Annual administration and progress report of the Indian Medical Department, Bombay
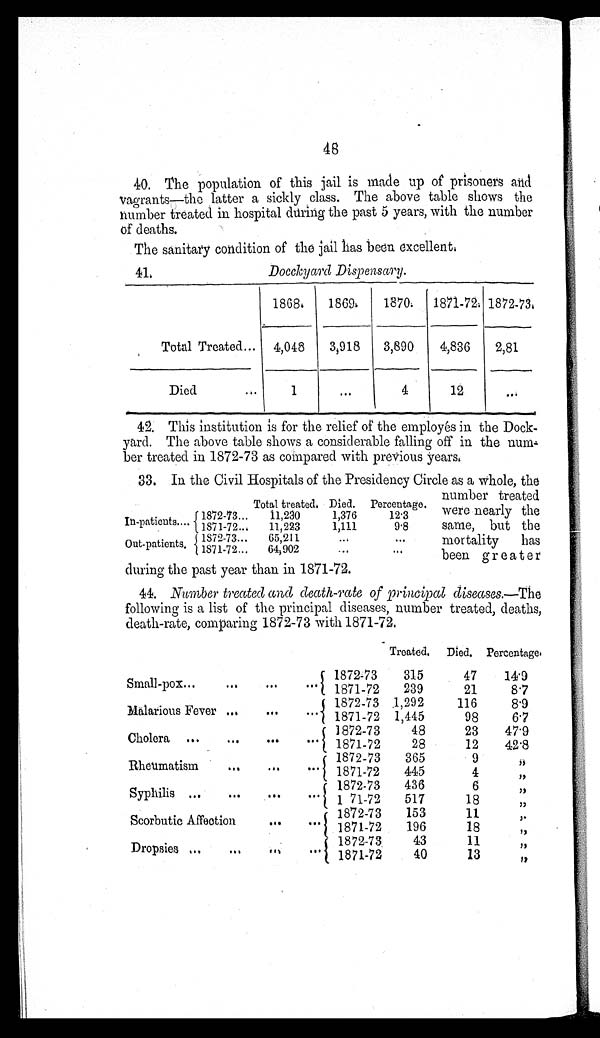
48
40. The population of this jail is made up of prisoners arid
vagrants—the latter a sickly class. The above table shows the
number treated in hospital during the past 5 years, with the number
of deaths.
The sanitary condition of the jail has been excellent.
Docckyard Dispensary.
Total Treated . . .
1868.
1869.
1870.
1871-72. 1872-73.
4,048
3,918
3,890
4,836
2,81
D i e d . . .
1
. . .
4
12
. . .
42. This institution is for the relief of the employés in the Dock
-yard. The above table shows a considerable falling off in the
n u m - b e r t r e a t e d i n 1 8 7 2 - 7 3 a s c o m p a r e d w i t h p r e v i o u s y e a r s .
33. In the Civil Hospitals of the Presidency Circle as a whole, the
number treated
were nearly the
same, but the
mortality has
been greater
during the past year than in 1871-72.
44. Number treated and death-rate of principal diseases. — T h e
following is a list of the principal diseases, number treated, deaths,
death-rate, comparing 1872-73 with 1871-72.
Treated.
Died. Percentage.
Small-pox . . .
1872-73
315
47
14.9
1871-72
239
21
8.7
Malarious Fever . . .
1872-73 1,292
116
8.9
1871-72 1,445
98
6.7
Cholera . . .
1872-73
48
23
47.9
1871-72
28
12
42.8
Rheumatism . . .
1872-73
365
9
"
1871-72
445
4
"
Syphilis . . .
1872-73
436
6
"
1 71-72
517
18
"
Scorbutic Affection . . .
1872-73
153
11
"
1871-72
196
18
"
Dropsies . . .
1872-73
43
11
"
1871-72
40
13
"
41.
In-patients . . .
Total treated. Died. Percentage.
1872-73 . . .
11,230
1,376
12.3
1871-72 . . .
11,233
1,111
9.8
Out-patients . . . 1872-73 . . .
65,211
. . .
. . .
1871-72 . . . 64,902
. . .
. . .